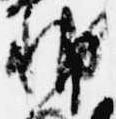
輔